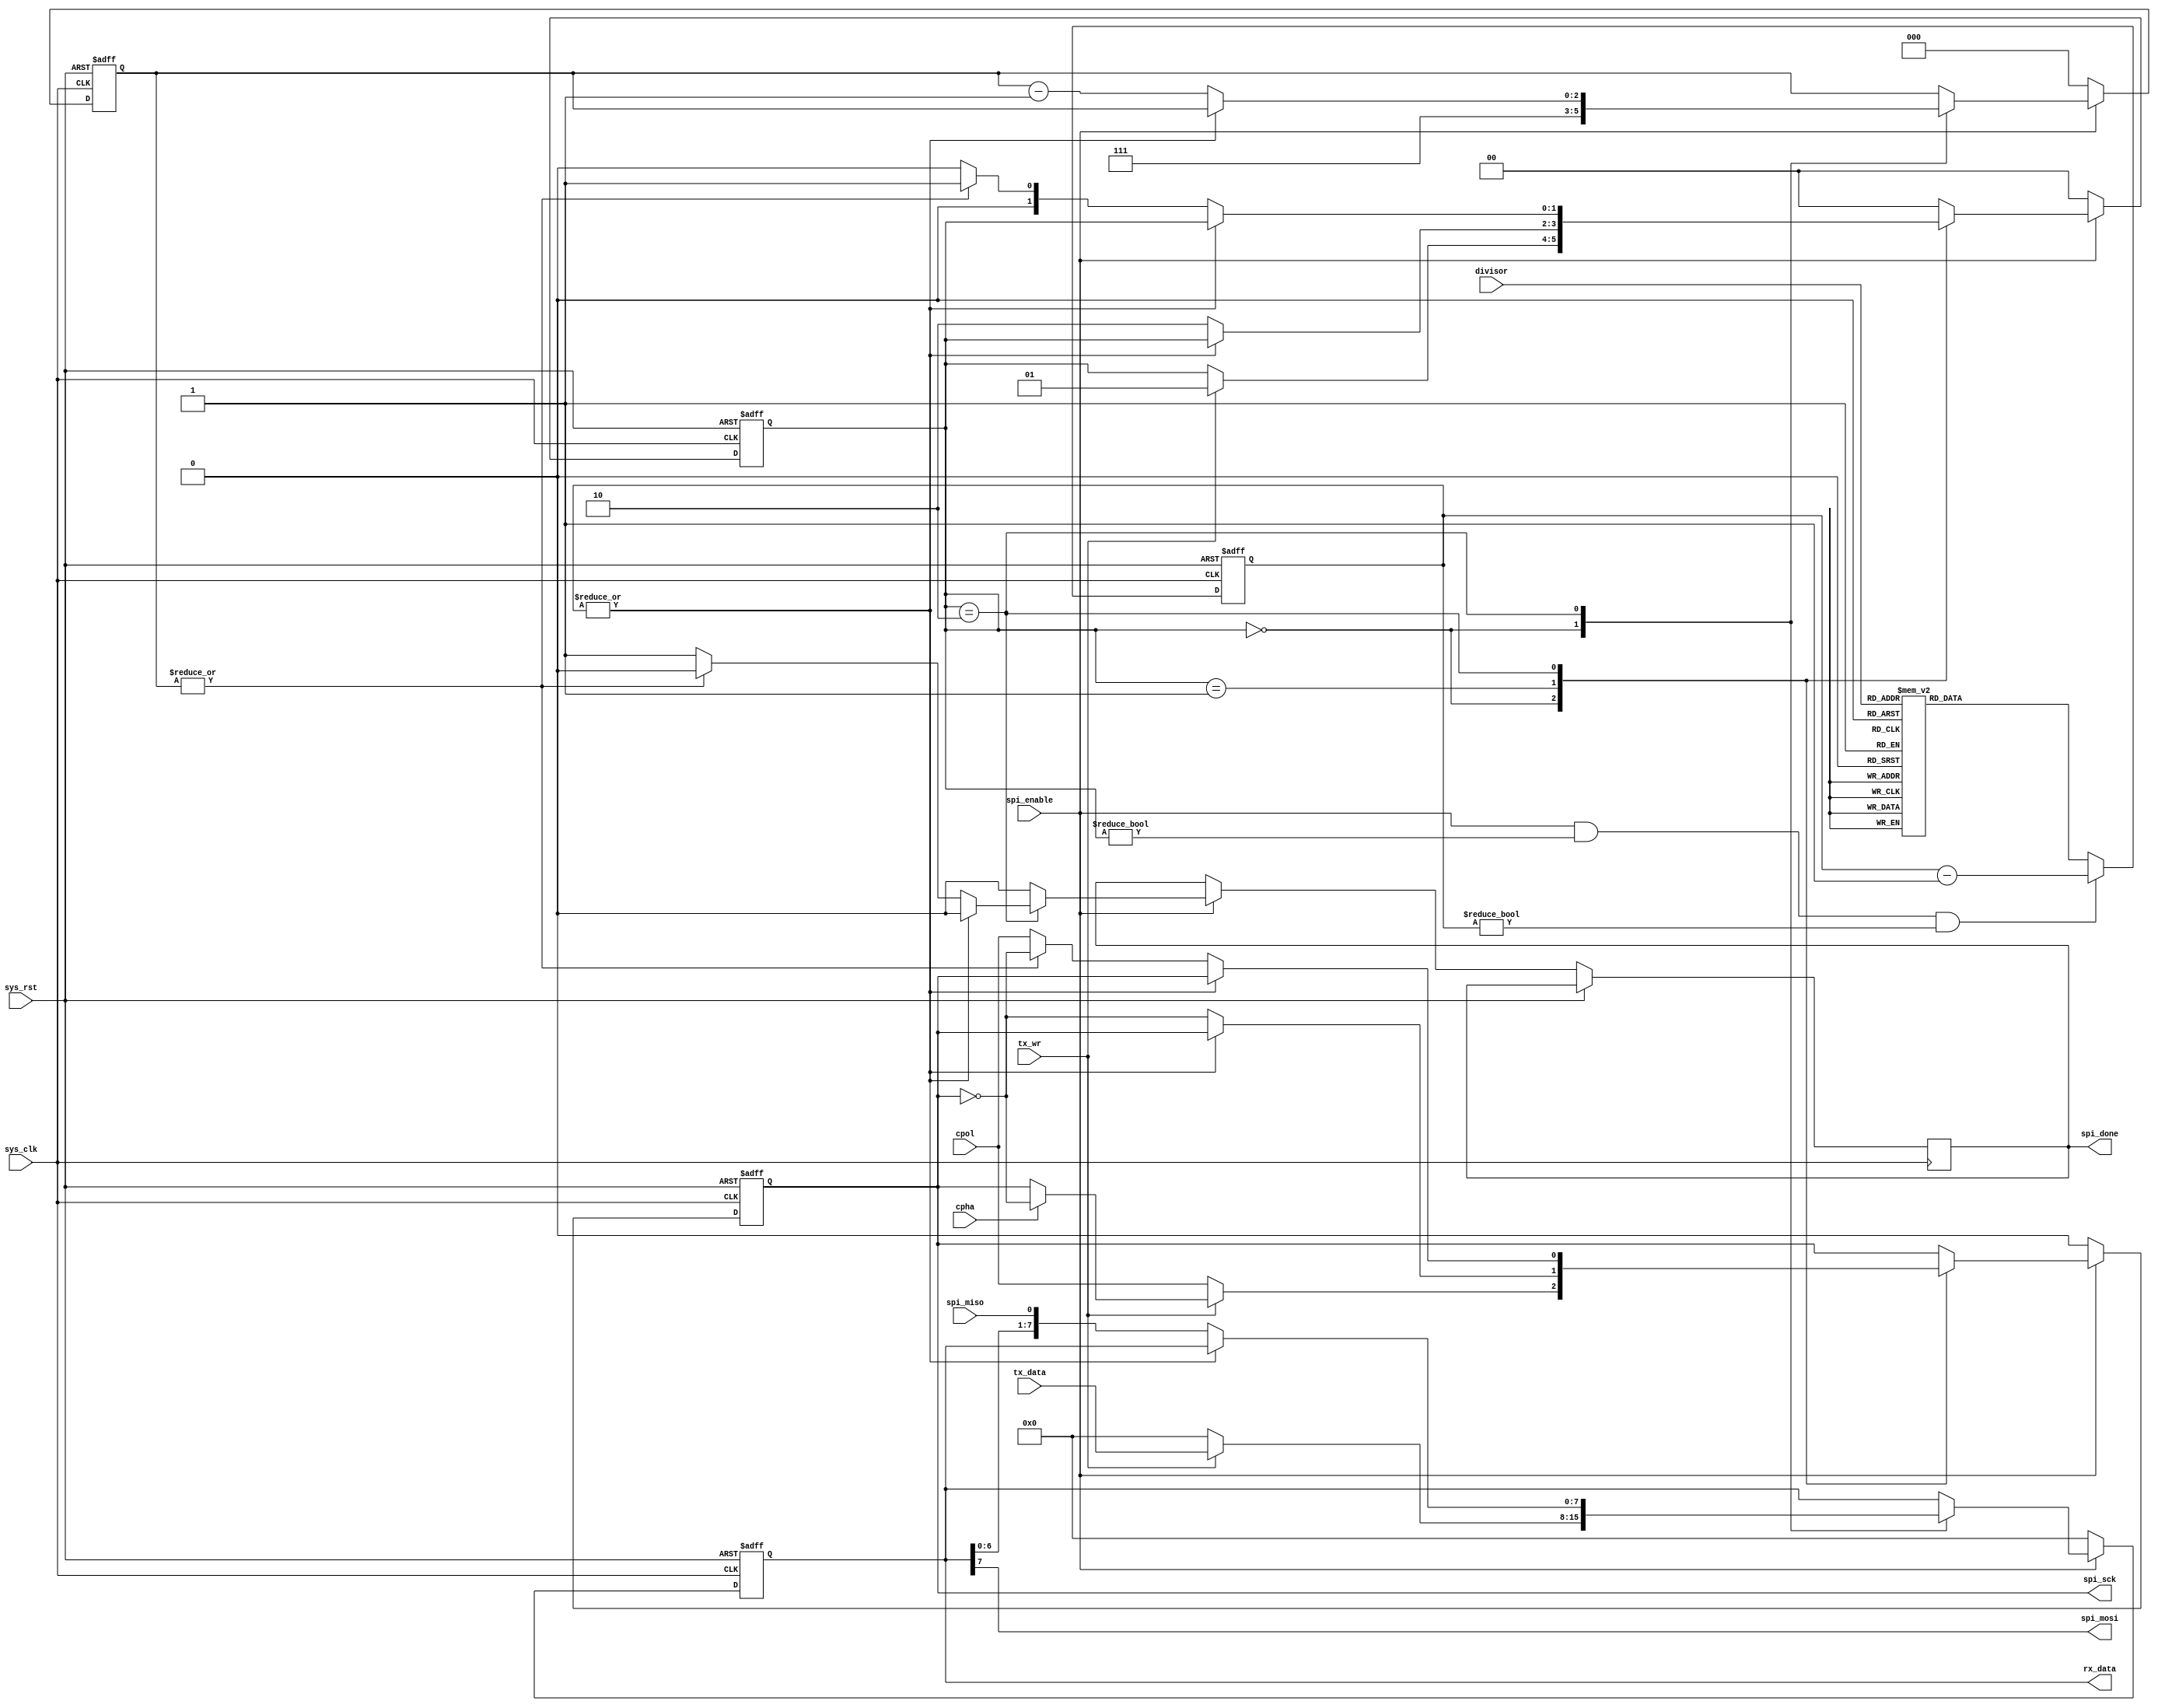
/*
 * rAVR SPI transceiver
 * Copyright (C) 2011 WangMengyin
 *
 * This program is free software: you can redistribute it and/or modify
 * it under the terms of the GNU General Public License as published by
 * the Free Software Foundation, version 3 of the License.
 *
 * This program is distributed in the hope that it will be useful,
 * but WITHOUT ANY WARRANTY; without even the implied warranty of
 * MERCHANTABILITY or FITNESS FOR A PARTICULAR PURPOSE.  See the
 * GNU General Public License for more details.
 *
 * You should have received a copy of the GNU General Public License
 * along with this program.  If not, see <http://www.gnu.org/licenses/>.
 */
 // 2011-11-19 create Ver 1.0.0
 
 module spi_transceiver(
	input wire sys_rst,
	input wire sys_clk,
	
	input wire spi_miso,
	output wire spi_mosi,
	output reg spi_sck,
	
	input wire [3:0] divisor,
	
	input wire spi_enable,
	
	output wire [7:0] rx_data,

	input wire [7:0] tx_data,
	input wire tx_wr,
	
	output reg spi_done,
	
	input wire cpol,
	input wire cpha
 );
 
localparam IDLE = 2'b00;
localparam CP2  = 2'b01;
localparam CP1  = 2'b10;

reg [1:0] state;
reg ena;
reg [11:0] count;

// ena signal generation, sck clock divider 
always @(posedge sys_clk, posedge sys_rst) begin
	if(sys_rst)
		count <= 12'd1;
	else if(spi_enable && (state != IDLE) && (count != 12'b0))
		count <= count - 12'h1;
	else
		case(divisor) // reload counter
			4'h0: count <= 12'd1; 		// div = 2;
			4'h1: count <= 12'd3; 		// div = 4;
			4'h2: count <= 12'd7; 		// div = 8;
			4'h3: count <= 12'd7; 		// div = 16;
			4'h4: count <= 12'd15; 		// div = 32;
			4'h5: count <= 12'd63; 		// div = 64;
			4'h6: count <= 12'd127; 	// div = 128;
			4'h7: count <= 12'd255; 	// div = 256;
			4'h8: count <= 12'd511; 	// div = 512;
			4'h9: count <= 12'd1023; 	// div = 1024;
			4'hA: count <= 12'd2047; 	// div = 2048;
			4'hB: count <= 12'd4095; 	// div = 4096;
			default: count <= 12'd1; 	// div = 2;
		endcase;
end

wire sclk_ena = ~|count; // sck enable signal

reg [2:0] bcnt;
reg [7:0] data_reg;

// transfer state machine
always @(posedge sys_clk, posedge sys_rst) begin
	if(sys_rst) begin
		state <= IDLE;
		bcnt <= 3'd0;
		data_reg <= 8'd0;
		spi_sck <= 1'b0;
	end
	else if(~spi_enable) begin
		state <= IDLE;
		bcnt <= 3'd0;
		data_reg <= 8'd0;
		spi_sck <= 1'b0;
	end
	else begin
		spi_done <= 1'b0;
		
		case(state)
			IDLE: begin
				bcnt <= 3'd7;
				if(~tx_wr) begin
					data_reg <= 8'd0;
					spi_sck <= cpol; // set clock polarity
				end else begin // start transfer
					state <= CP2;
					data_reg <= tx_data; // load tx data
					if(cpha) spi_sck <= ~spi_sck; // set clock phase, cpha = 1, add an extra edge change
				end
			end
			CP2: begin // clock phase 2, next data
				if(sclk_ena) begin
					spi_sck <= ~spi_sck;
					state <= CP1;
				end
			end
			CP1: begin
				if(sclk_ena) begin
					data_reg <= {data_reg[6:0], spi_miso}; // sample MISO
					bcnt <= bcnt - 3'd1;

					if(~|bcnt) begin // bcnt = 3'b000;
						state <= IDLE;
						spi_sck <= cpol;
						spi_done <= 1'b1;
					end else begin
						state <= CP2;
						spi_sck <= ~spi_sck;
					end
				end
			end
			default: state <= IDLE; // invaild state
		endcase;
	end
end

assign spi_mosi = data_reg[7];
assign rx_data = data_reg;

endmodule